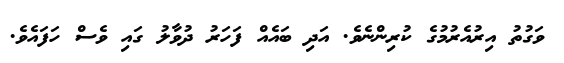
ވަގުތު އިރުއެރުމުގެ ކުރިންނެވެ. އަދި ބައެއް ފަހަރު ދުވާލު ގައި ވެސް ހަފައެވެ.